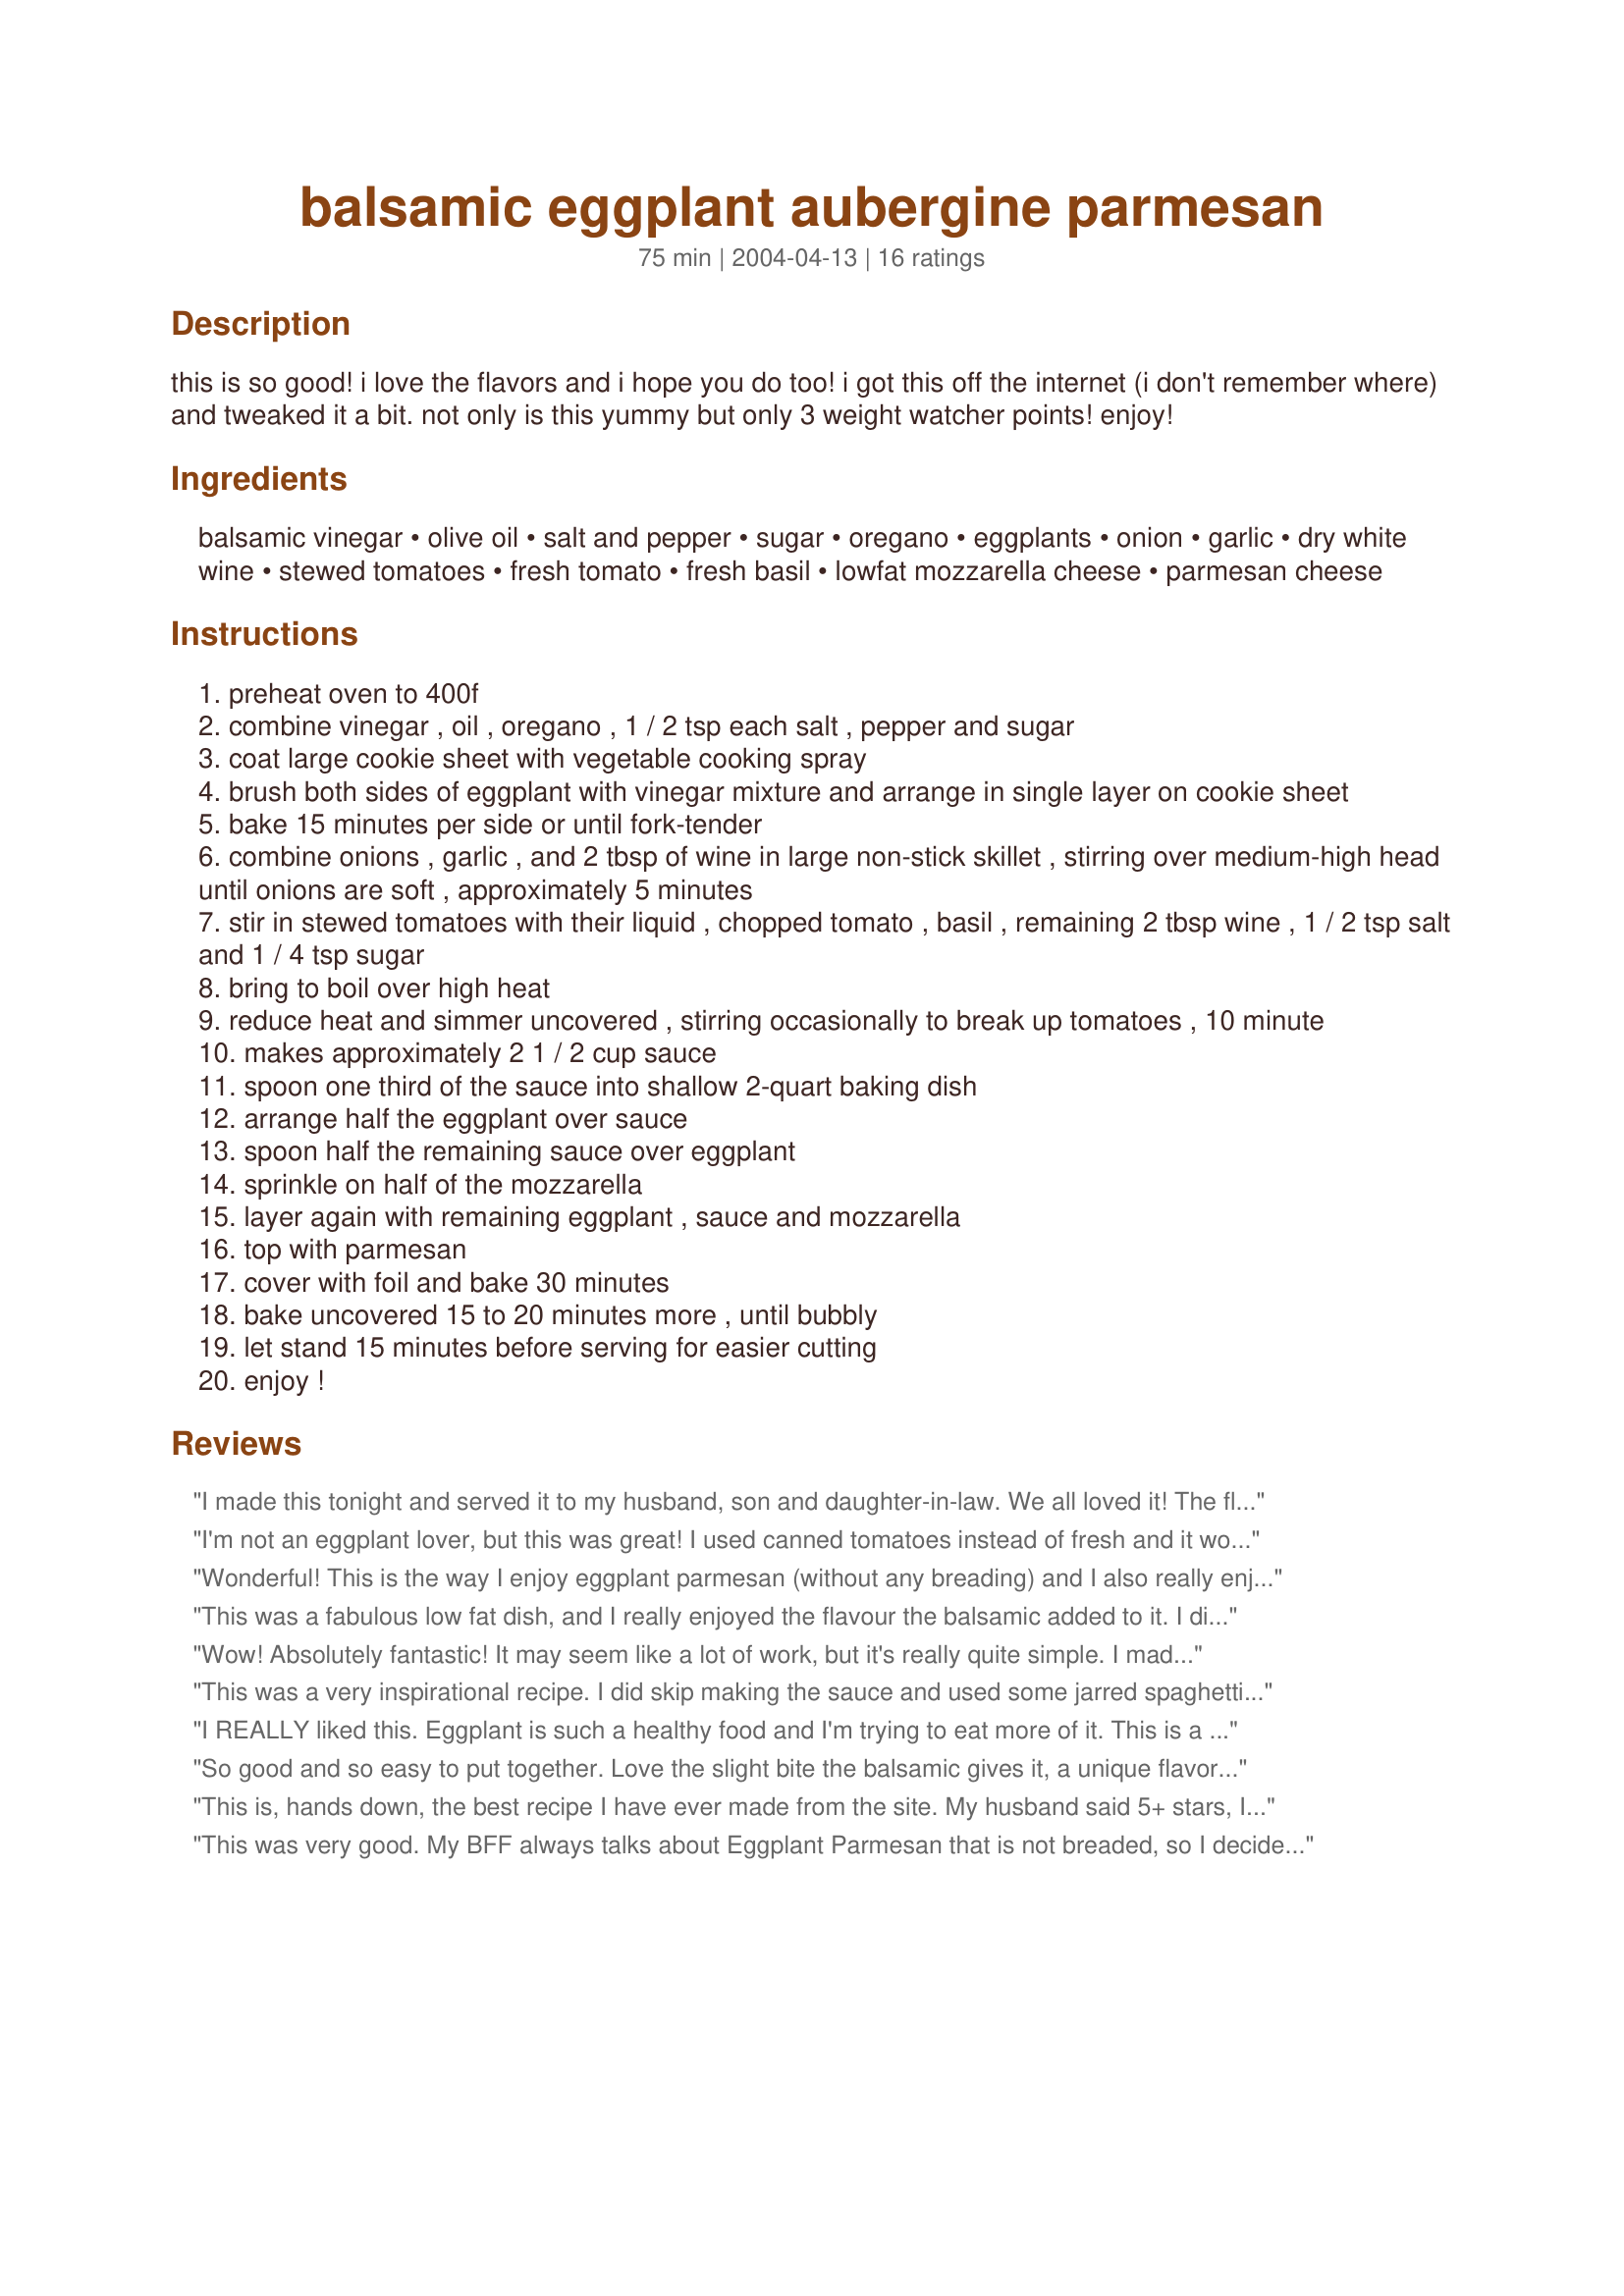
balsamic eggplant aubergine parmesan
Preparation time: 75 minutes

this is so good! i love the flavors and i hope you do too! i got this off the internet (i don't remember where) and tweaked it a bit. not only is this yummy but only 3 weight watcher points! enjoy!

Ingredients:
balsamic vinegar, olive oil, salt and pepper, sugar, oregano, eggplants, onion, garlic, dry white wine, stewed tomatoes, fresh tomato, fresh basil, lowfat mozzarella cheese, parmesan cheese

Steps:
preheat oven to 400f
combine vinegar , oil , oregano , 1 / 2 tsp each salt , pepper and sugar
coat large cookie sheet with vegetable cooking spray
brush both sides of eggplant with vinegar mixture and arrange in single layer on cookie sheet
bake 15 minutes per side or until fork-tender
combine onions , garlic , and 2 tbsp of wine in large non-stick skillet , stirring over medium-high head until onions are soft , approximately 5 minutes
stir in stewed tomatoes with their liquid , chopped tomato , basil , remaining 2 tbsp wine , 1 / 2 tsp salt and 1 / 4 tsp sugar
bring to boil over high heat
reduce heat and simmer uncovered , stirring occasionally to break up tomatoes , 10 minute
makes approximately 2 1 / 2 cup sauce
spoon one third of the sauce into shallow 2-quart baking dish
arrange half the eggplant over sauce
spoon half the remaining sauce over eggplant
sprinkle on half of the mozzarella
layer again with remaining eggplant , sauce and mozzarella
top with parmesan
cover with foil and bake 30 minutes
bake uncovered 15 to 20 minutes more , until bubbly
let stand 15 minutes before serving for easier cutting
enjoy !

Reviews:
I made this tonight and served it to my husband, son and daughter-in-law. We all loved it! The flavor was very interesting, kind of sweet, and the balsamic vinegar gave it some zip. I followed the directions exactly and it worked out perfectly. I will make it again. I used about 4 small, Asian eggplants, and served the whole thing as a side dish.
I'm not an eggplant lover, but this was great! I used canned tomatoes instead of fresh and it worked fine. I used an 8x8 pan and it layered more like a lasagna than parm for me.... but we enjoyed it. There are a lot of dishes, but it's worth it!
Wonderful! This is the way I enjoy eggplant parmesan (without any breading) and I also really enjoy this particular recipe because of the really good flavor the seasonings and other ingredients (such as the onion and wine) give to this very flavorful and fun dish. I am sure I will be making this often. Thanks for sharing! ~Sue
This was a fabulous low fat dish, and I really enjoyed the flavour the balsamic added to it. I did cook the aubergine (sorry, I'm english) on the "george" rather than baking it, but appart from that everything was the same. A fab combination of flavours.
Wow! Absolutely fantastic! It may seem like a lot of work, but it's really quite simple. I made no changes to the recipe. All the flavors come together wonderfully. If you love eggplant, you must try this! Thanx for sharing!
This was a very inspirational recipe. I did skip making the sauce and used some jarred spaghetti sauce I had on hand.
After baking the eggplant slices, I dredged them in Italian bread crumbs before assembling the dish. And since I am on a diet, I left out the moz cheese. (I don't care for it, anyway) I did give a generous sprinkle of parmesan where the moz should have been.
The smell in the house was devine while cooking. I couldn't wait to try my take on your inspirational recipe. It was a huge success! This has got to be the best eggplant parmesan I've had. No greasy frying, no gooey rubber moz cheese, just lots of flavorful eggplant, parmesan, and sauce.
Thank you so much for posting this recipe. It will become a favorite diet staple!
I REALLY liked this. Eggplant is such a healthy food and I'm trying to eat more of it. This is a recipe that I'll be making again and again. I just love the sauce. I didn't bake mine as long as it said in the recipe, but I broiled it at the end to get the cheese nice and bubbly. Thanks for posting!
So good and so easy to put together. Love the slight bite the balsamic gives it, a unique flavor. I&#039;ll be using this one often thanks so much for posting
This is, hands down, the best recipe I have ever made from the site. My husband said 5+ stars, I completely agree. Excellent, restaurant quality eggplant parmesan--it must be the balsamic vinegar. I'm going back to get everything to make it again, as I want other people to taste it. I admit I went the faster way with pre made sauce, otherwise, the baking of the eggplant is what I think does it. I didn't peel them, I wouldn't, even if it is only for the pretty purple color. You need to respect the sitting time after baking, maybe even a bit longer, as it came out of the pan more in one piece when we both went back for seconds....
This was very good. My BFF always talks about Eggplant Parmesan that is not breaded, so I decided to look for a recipe that did that and this is the one I found. I used my own sauce that I had in the freezer. I also used fresh mozzerella on the top and about 1/4 cup of chopped fresh basil, parsley, and sage. I then topped it off with about 1/4 cup of breadcrumbs, which made a really nice crust on top. This is my new favorite way to fix EPP, you really taste the freshness of the eggplant.
I liked this recipe a lot. I did miss the crunch and texture of the breaded type of eggplant parmesan I must admit, but for lowfat version (yes I didnt' even add extra cheese - tempting as that was!) it was very good. The additional baking time was a great idea cuz the cheese got 'chewier' which I liked. A good recipe overall and I think it will be very adaptable for me in the future. I'd like to add mushrooms to the sauce next time as well. Might add a subtle touch. We'll See...Thanks Sharon!
I made this last week at my sisters house for her and her family. It was very good and they raved about it. I have only made one other eggplant parmesan dish, and I really liked the breaded version in the other. The sauce was great. The final baking only took about 10 minutes. Sister loved it.
This was good. I've never tried any kind off eggplant before. I didn't have any trouble with it being cooked as the recipe was written. I also did not have to make any extra of the sauce, I actually had leftovers from both the balsalmic and the tomato sauce. The only thing different was that I didn't need to cook it for 15-20 min once it was all put together. I just put it in for about 3 minutes for the cheese to melt and that was it. All in all, this was good and I will make it again!
I was kind of disappointed that the balsamic flavor wasn't more poignant in mine. I used homemade organic heirloom tomato sauce for the sauce. I've tried the baking method for eggplant before and it never seems to get them to be tender for me- I don't know why. Next time I would grill it- that's the only method I've found that seems to actually get the eggplant tender. I had to make more balsamic mixture to baste all my eggplant (I made about 2/3 of the original amount more). Maybe we cut them too thin? I wasn't sure what the cook temp was supposed to be for the eggplant once its in the pan- 400F seemed too high, so we knocked it down to 350F and just let it cook long enough for the rest of dinner to be ready. I served over spinach and chive linguine with Paula G's Whole Wheat Dinner Muffins (#93076). Overall, this is an excellent basic eggplant parmesean recipe- I love that it is not breaded; but other than that I did not think it was really anything special. Thanks for posting- we did enjoy it a lot, I just didn't think it was 5+ stars, restaurant-quality like Kasha did. Thanks again.
I am always searching for a great Eggplant recipe that is not fried, and this fit the bill. The flavor is wonderful! I used leftover sauce from another night instead of making the sauce here, but loved the addition of balsamic vinegar to a traditional eggplant parmesan. Devine!
YUMMY! We are new to eating eggplant so I am pretty careful about which recipes to try - this one was GREAT! I had one large eggplant (which I think was enough) and added probably 3 cups of mushrooms to the onion mixture (because I needed to use them up) - we loved it! And it really is only 3 points - woo hoo! Thanks for sharing!!!
